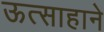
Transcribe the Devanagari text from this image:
ऊत्साहाने